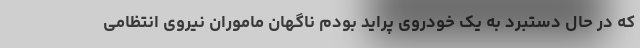
که در حال دستبرد به یک خودروی پراید بودم ناگهان ماموران نیروی انتظامی